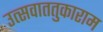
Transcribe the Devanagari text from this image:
उत्सवाततुकाराम